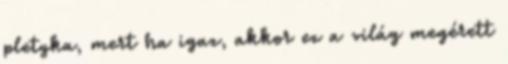
pletyka, mert ha igaz, akkor ez a világ megérett